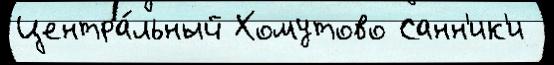
Центра́льный Хомутово Санн'ик'и